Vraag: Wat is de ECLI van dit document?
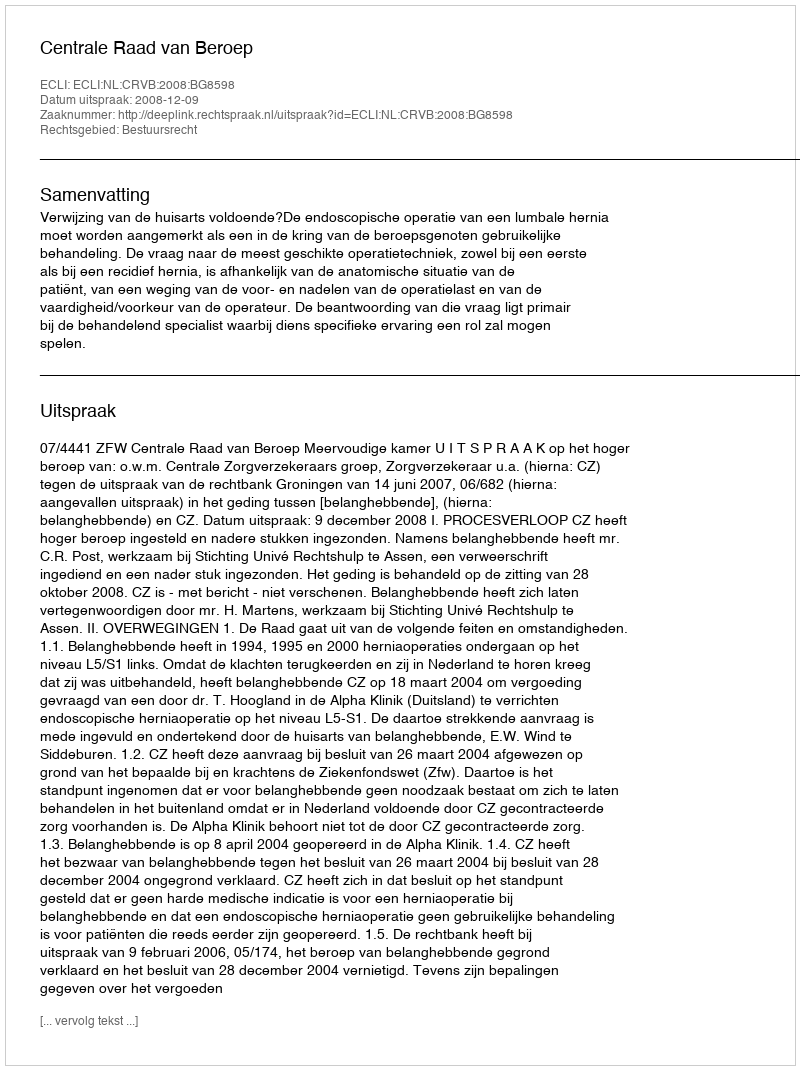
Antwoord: ECLI:NL:CRVB:2008:BG8598